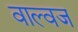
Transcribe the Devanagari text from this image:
वाल्वज